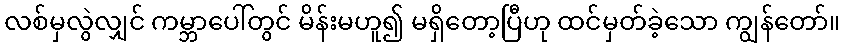
လစ်မှလွဲလျှင် ကမ္ဘာပေါ်တွင် မိန်းမဟူ၍ မရှိတော့ပြီဟု ထင်မှတ်ခဲ့သော ကျွန်တော်။